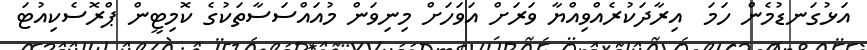
އަޅުގަނޑުމެން ހަމަ  އިރާދަކުރެއްވިއްޔާ ވަރަށް އަވަހަށް މިނިވަން މުއައްސަސާތަކުގެ ކޮމިޓީން ޕްރޮސެކިއުޓަ